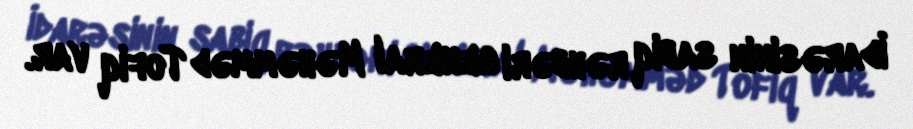
İdarəsinin sabiq rəhbəri general Məhəmməd Tofiq var.